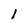
Character: l